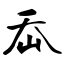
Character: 岙